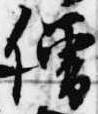
僧